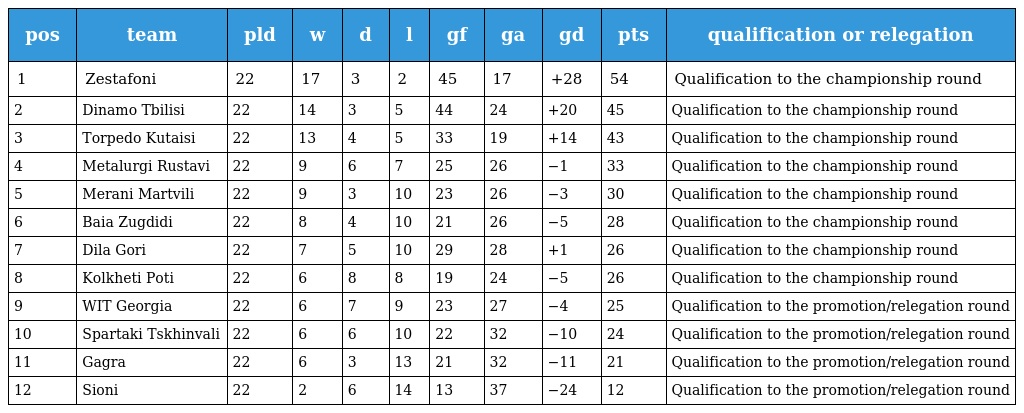
| pos | team | pld | w | d | l | gf | ga | gd | pts | qualification or relegation |
 | --- | --- | --- | --- | --- | --- | --- | --- | --- | --- | --- |
 | 1 | Zestafoni | 22 | 17 | 3 | 2 | 45 | 17 | +28 | 54 | Qualification to the championship round |
 | 2 | Dinamo Tbilisi | 22 | 14 | 3 | 5 | 44 | 24 | +20 | 45 | Qualification to the championship round |
 | 3 | Torpedo Kutaisi | 22 | 13 | 4 | 5 | 33 | 19 | +14 | 43 | Qualification to the championship round |
 | 4 | Metalurgi Rustavi | 22 | 9 | 6 | 7 | 25 | 26 | −1 | 33 | Qualification to the championship round |
 | 5 | Merani Martvili | 22 | 9 | 3 | 10 | 23 | 26 | −3 | 30 | Qualification to the championship round |
 | 6 | Baia Zugdidi | 22 | 8 | 4 | 10 | 21 | 26 | −5 | 28 | Qualification to the championship round |
 | 7 | Dila Gori | 22 | 7 | 5 | 10 | 29 | 28 | +1 | 26 | Qualification to the championship round |
 | 8 | Kolkheti Poti | 22 | 6 | 8 | 8 | 19 | 24 | −5 | 26 | Qualification to the championship round |
 | 9 | WIT Georgia | 22 | 6 | 7 | 9 | 23 | 27 | −4 | 25 | Qualification to the promotion/relegation round |
 | 10 | Spartaki Tskhinvali | 22 | 6 | 6 | 10 | 22 | 32 | −10 | 24 | Qualification to the promotion/relegation round |
 | 11 | Gagra | 22 | 6 | 3 | 13 | 21 | 32 | −11 | 21 | Qualification to the promotion/relegation round |
 | 12 | Sioni | 22 | 2 | 6 | 14 | 13 | 37 | −24 | 12 | Qualification to the promotion/relegation round |